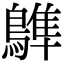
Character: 𪄩